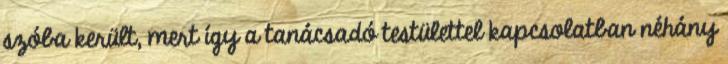
szóba került, mert így a tanácsadó testülettel kapcsolatban néhány